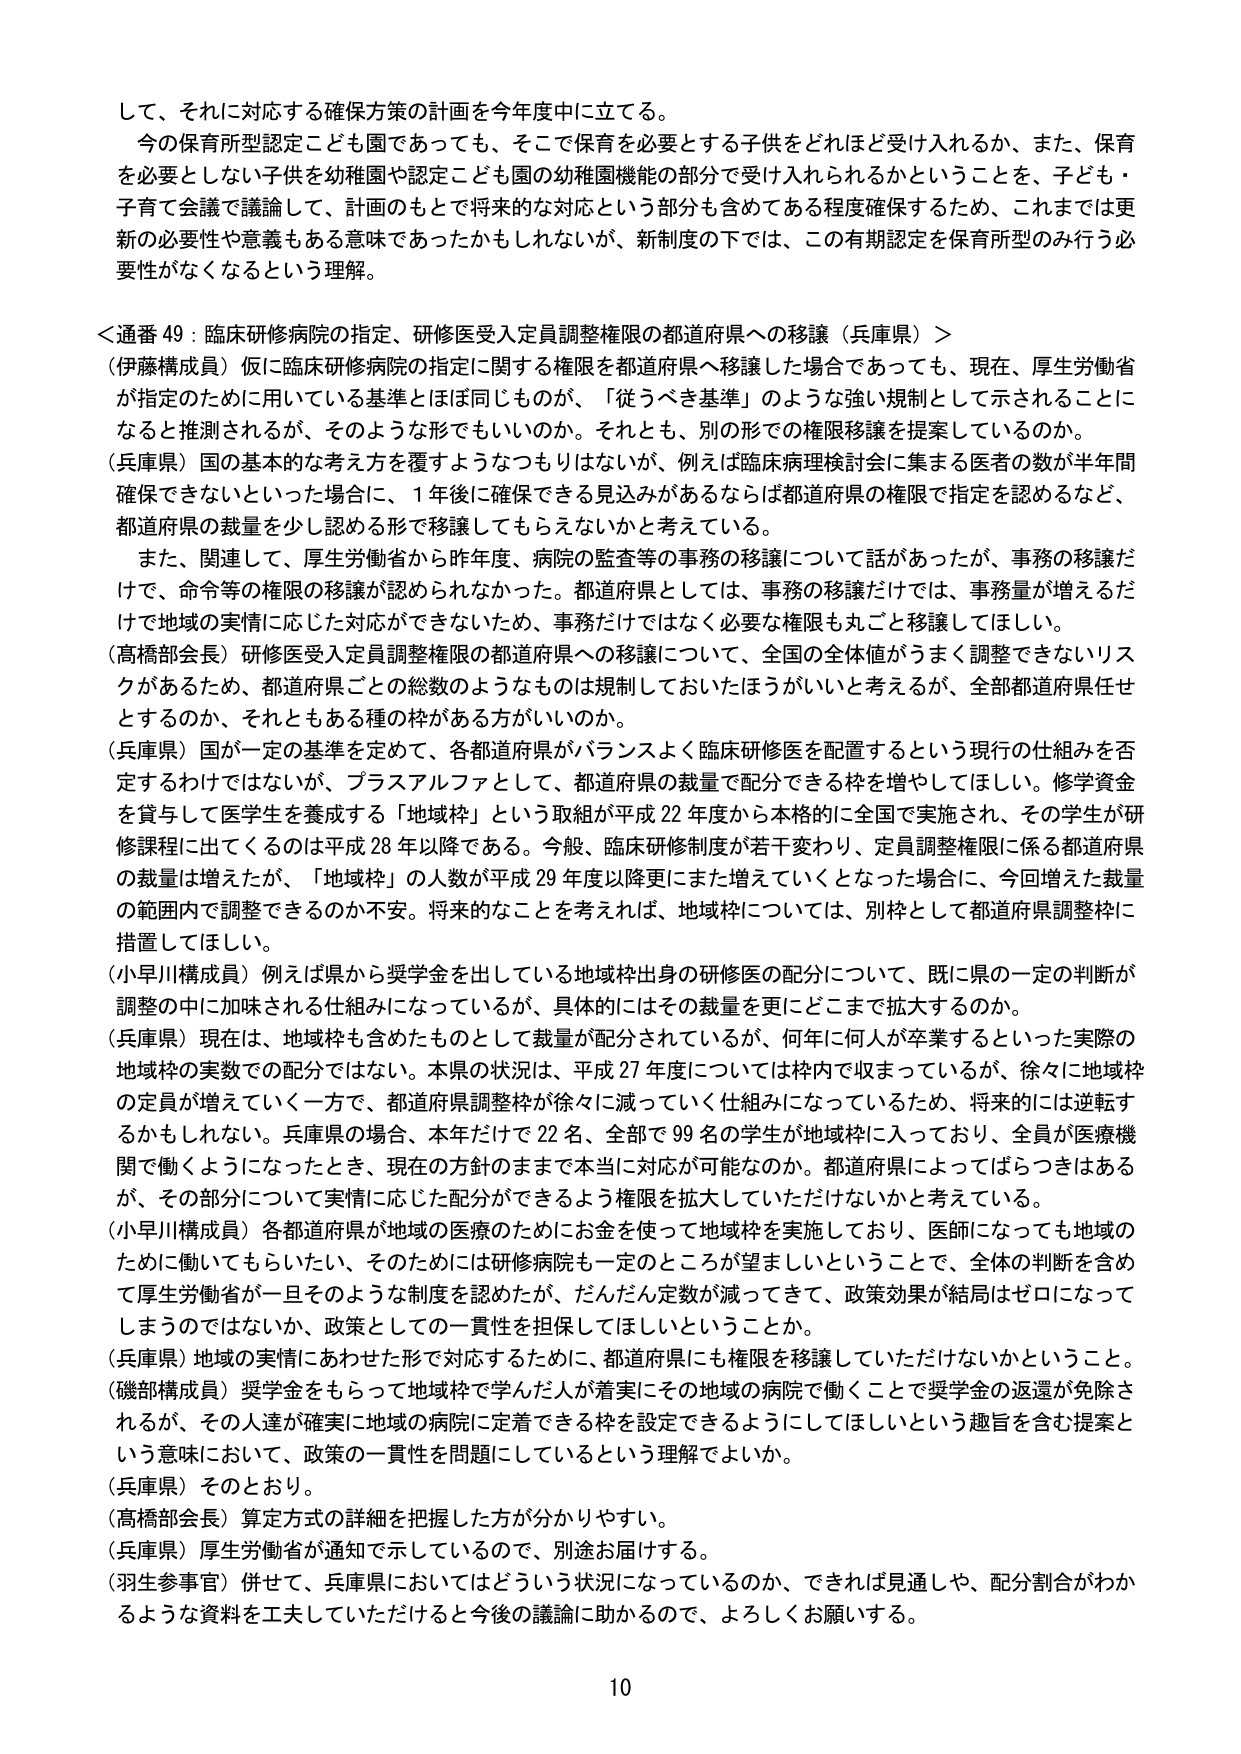
して、それに対応する確保方策の計画を今年度中に立てる。

今の保育所型認定こども園であっても、そこで保育を必要とする子供をどれほど受け入れるか、また、保育を必要としない子供を幼稚園や認定こども園の幼稚園機能の部分で受け入れられるかということを、子ども・子育て会議で議論して、計画のもとで将来的な対応という部分も含めてある程度確保するため、これまでは更新の必要性や意義もある意味であったかもしれないが、新制度の下では、この有期認定を保育所型のみ行う必要性がなくなるという理解。

＜通番 49：臨床研修病院の指定、研修医受入定員調整権限の都道府県への移譲（兵庫県）＞

（伊藤構成員）仮に臨床研修病院の指定に関する権限を都道府県へ移譲した場合であっても、現在、厚生労働省が指定のために用いている基準とはほぼ同じものが、「従うべき基準」のような強い規制として示されることになると推測されるが、そのような形でもいいのか。それとも、別の形での権限移譲を提案しているのか。

（兵庫県）国の基本的な考え方を覆すようなつもりはないが、例えば臨床病理検討会に集まる医者の数が半年間確保できないといった場合に、1年後に確保できる見込みがあるならば都道府県の権限で指定を認めるなど、都道府県の裁量を少し認める形で移譲してもらえないかと考えている。

また、関連して、厚生労働省から昨年度、病院の監査等の事務の移譲について話があったが、事務の移譲だけで、命令等の権限の移譲が認められなかった。都道府県としては、事務の移譲だけでは、事務量が増えるだけで地域の実情に応じた対応ができないため、事務だけではなく必要な権限も丸ごと移譲してほしい。

（高橋部会長）研修医受入定員調整権限の都道府県への移譲について、全国の全体値がうまく調整できないリスクがあるため、都道府県ごとの総数のようなものは規制しておいたほうがいいと考えるが、全部都道府県任せとするのか、それともある種の枠がある方がいいのか。

（兵庫県）国が一定の基準を定めて、各都道府県がバランスよく臨床研修医を配置するという現行の仕組みを否定するわけではないが、プラスアルファとして、都道府県の裁量で配分できる枠を増やしてほしい。修学資金を貸与して医学生を養成する「地域枠」という取組が平成22年度から本格的に全国で実施され、その学生が研修課程に出てくるのは平成28年以降である。今般、臨床研修制度が若干変わり、定員調整権限に係る都道府県の裁量は増えたが、「地域枠」の人数が平成29年度以降更にまた増えていくとなった場合に、今回増えた裁量の範囲内で調整できるのか不安。将来のことを考えれば、地域枠については、別枠として都道府県調整枠に措置してほしい。

（小早川構成員）例えば県から奨学金を出している地域枠出身の研修医の配分について、既に県の一定の判断が調整の中に加味される仕組みになっているが、具体的にはその裁量を更にどこまで拡大するのか。

（兵庫県）現在は、地域枠も含めたものとして裁量が配分されているが、何年に何人が卒業するといった実際の地域枠の実数での配分ではない。本県の状況は、平成27年度については枠内で収まっているが、徐々に地域枠の定員が増えていく一方で、都道府県調整枠が徐々に減っていく仕組みになっているため、将来的には逆転するかもしれない。兵庫県の場合、本年だけで22名、全部で99名の学生が地域枠に入っており、全員が医療機関で働くようになったとき、現在の方針のままで本当に対応が可能なのか。都道府県によってばらつきはあるが、その部分について実情に応じた配分ができるよう権限を拡大していただけないかと考えている。

（小早川構成員）各都道府県が地域の医療のためにお金を使って地域枠を実施しており、医師になっても地域のために働いてもらいたい、そのためには研修病院も一定のところが望ましいということで、全体の判断を含めて厚生労働省が一旦そのような制度を認めたが、だんだん定数が減ってきて、政策効果が結局はゼロになってしまうのではないか、政策としての一貫性を担保してほしいということか。

（兵庫県）地域の実情にあわせた形で対応するために、都道府県にも権限を移譲していただけないかということ。

（磯部構成員）奨学金をもらって地域枠で学んだ人が着実にその地域の病院で働くことで奨学金の返還が免除されるが、その人達が確実に地域の病院に定着できる枠を設定できるようにしてほしいという趣旨を含む提案という意味において、政策の一貫性を問題にしているという理解でよいか。

（兵庫県）そのとおり。

（高橋部会長）算定方式の詳細を把握した方が分かりやすい。

（兵庫県）厚生労働省が通知で示しているので、別途お届けする。

（羽生参事官）併せて、兵庫県においてはどういう状況になっているのか、できれば見通しや、配分割合がわかるような資料を工夫していただけると今後の議論に助かるので、よろしくお願いする。

10